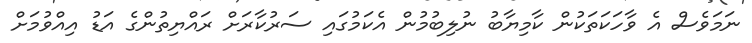
ނަމަވެސް އެ ވާހަކަތަކުން ކާމިޔާބު ނުލިބުމުން އެކަމުގައި ސަރުކާރަށް ރައްޔިތުންގެ އަޑު އިއްވުމަށް